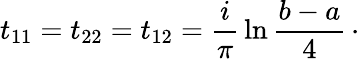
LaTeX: t_{11}=t_{22}=t_{12}={\frac{i}{\pi}}\ln{\frac{b-a}{4}}\, \cdotp